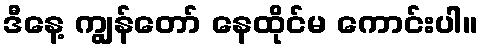
ဒီနေ့ ကျွန်တော် နေထိုင်မ ကောင်းပါ။